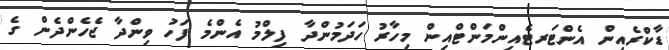
ޑާކްރެއިން އެންޓަރޓެއިންމަންޓްއިން މިހާރު ހަދަމުންދާ ފިލްމު އެންމެ ފަހު ވިންދާ ޖެހެންދެން ގެ